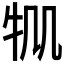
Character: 𤘷